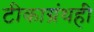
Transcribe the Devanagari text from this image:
टीकाग्रंथही